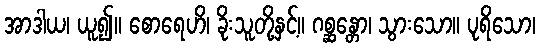
အာဒါယ၊ ယူ၍။ စောရေဟိ၊ ခိုးသူတို့နှင့်။ ဂစ္ဆန္တော၊ သွားသော။ ပုရိသော၊